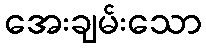
အေးချမ်းသော